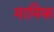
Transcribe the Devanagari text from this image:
मामिक